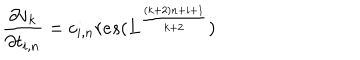
\frac { \partial v _ { k } } { \partial t _ { i , n } } = c _ { i , n } r e s ( L ^ { \frac { ( k + 2 ) n + i + 1 } { k + 2 } } )